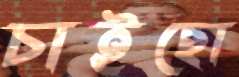
চাইছো